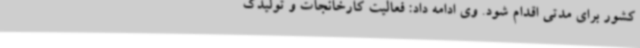
کشور برای مدتی اقدام شود. وی ادامه داد: فعالیت کارخانجات و تولیدک